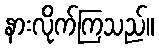
နားလိုက်ကြသည်။